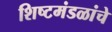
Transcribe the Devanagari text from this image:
शिष्टमंडळांचे